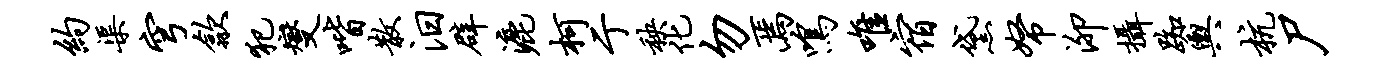
约渠穹歙犯燮喈散汨辟漉柯亍秧化勿焉鸣唯宿黛帑泖摄踟舆杭尸